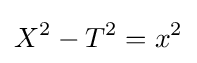
X^{2}-T^{2}=x^{2}